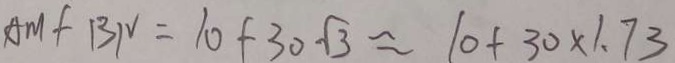
A M + B N = 1 0 + 3 0 \sqrt { 3 } \approx 1 0 + 3 0 \times 1 . 7 3